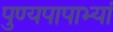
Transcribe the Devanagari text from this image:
पुण्यपापाभ्यां